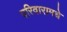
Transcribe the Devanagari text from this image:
परिवारामधे